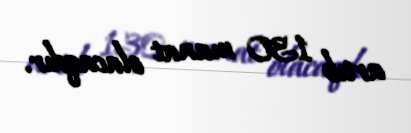
artıb 130 manat olacaqdır.